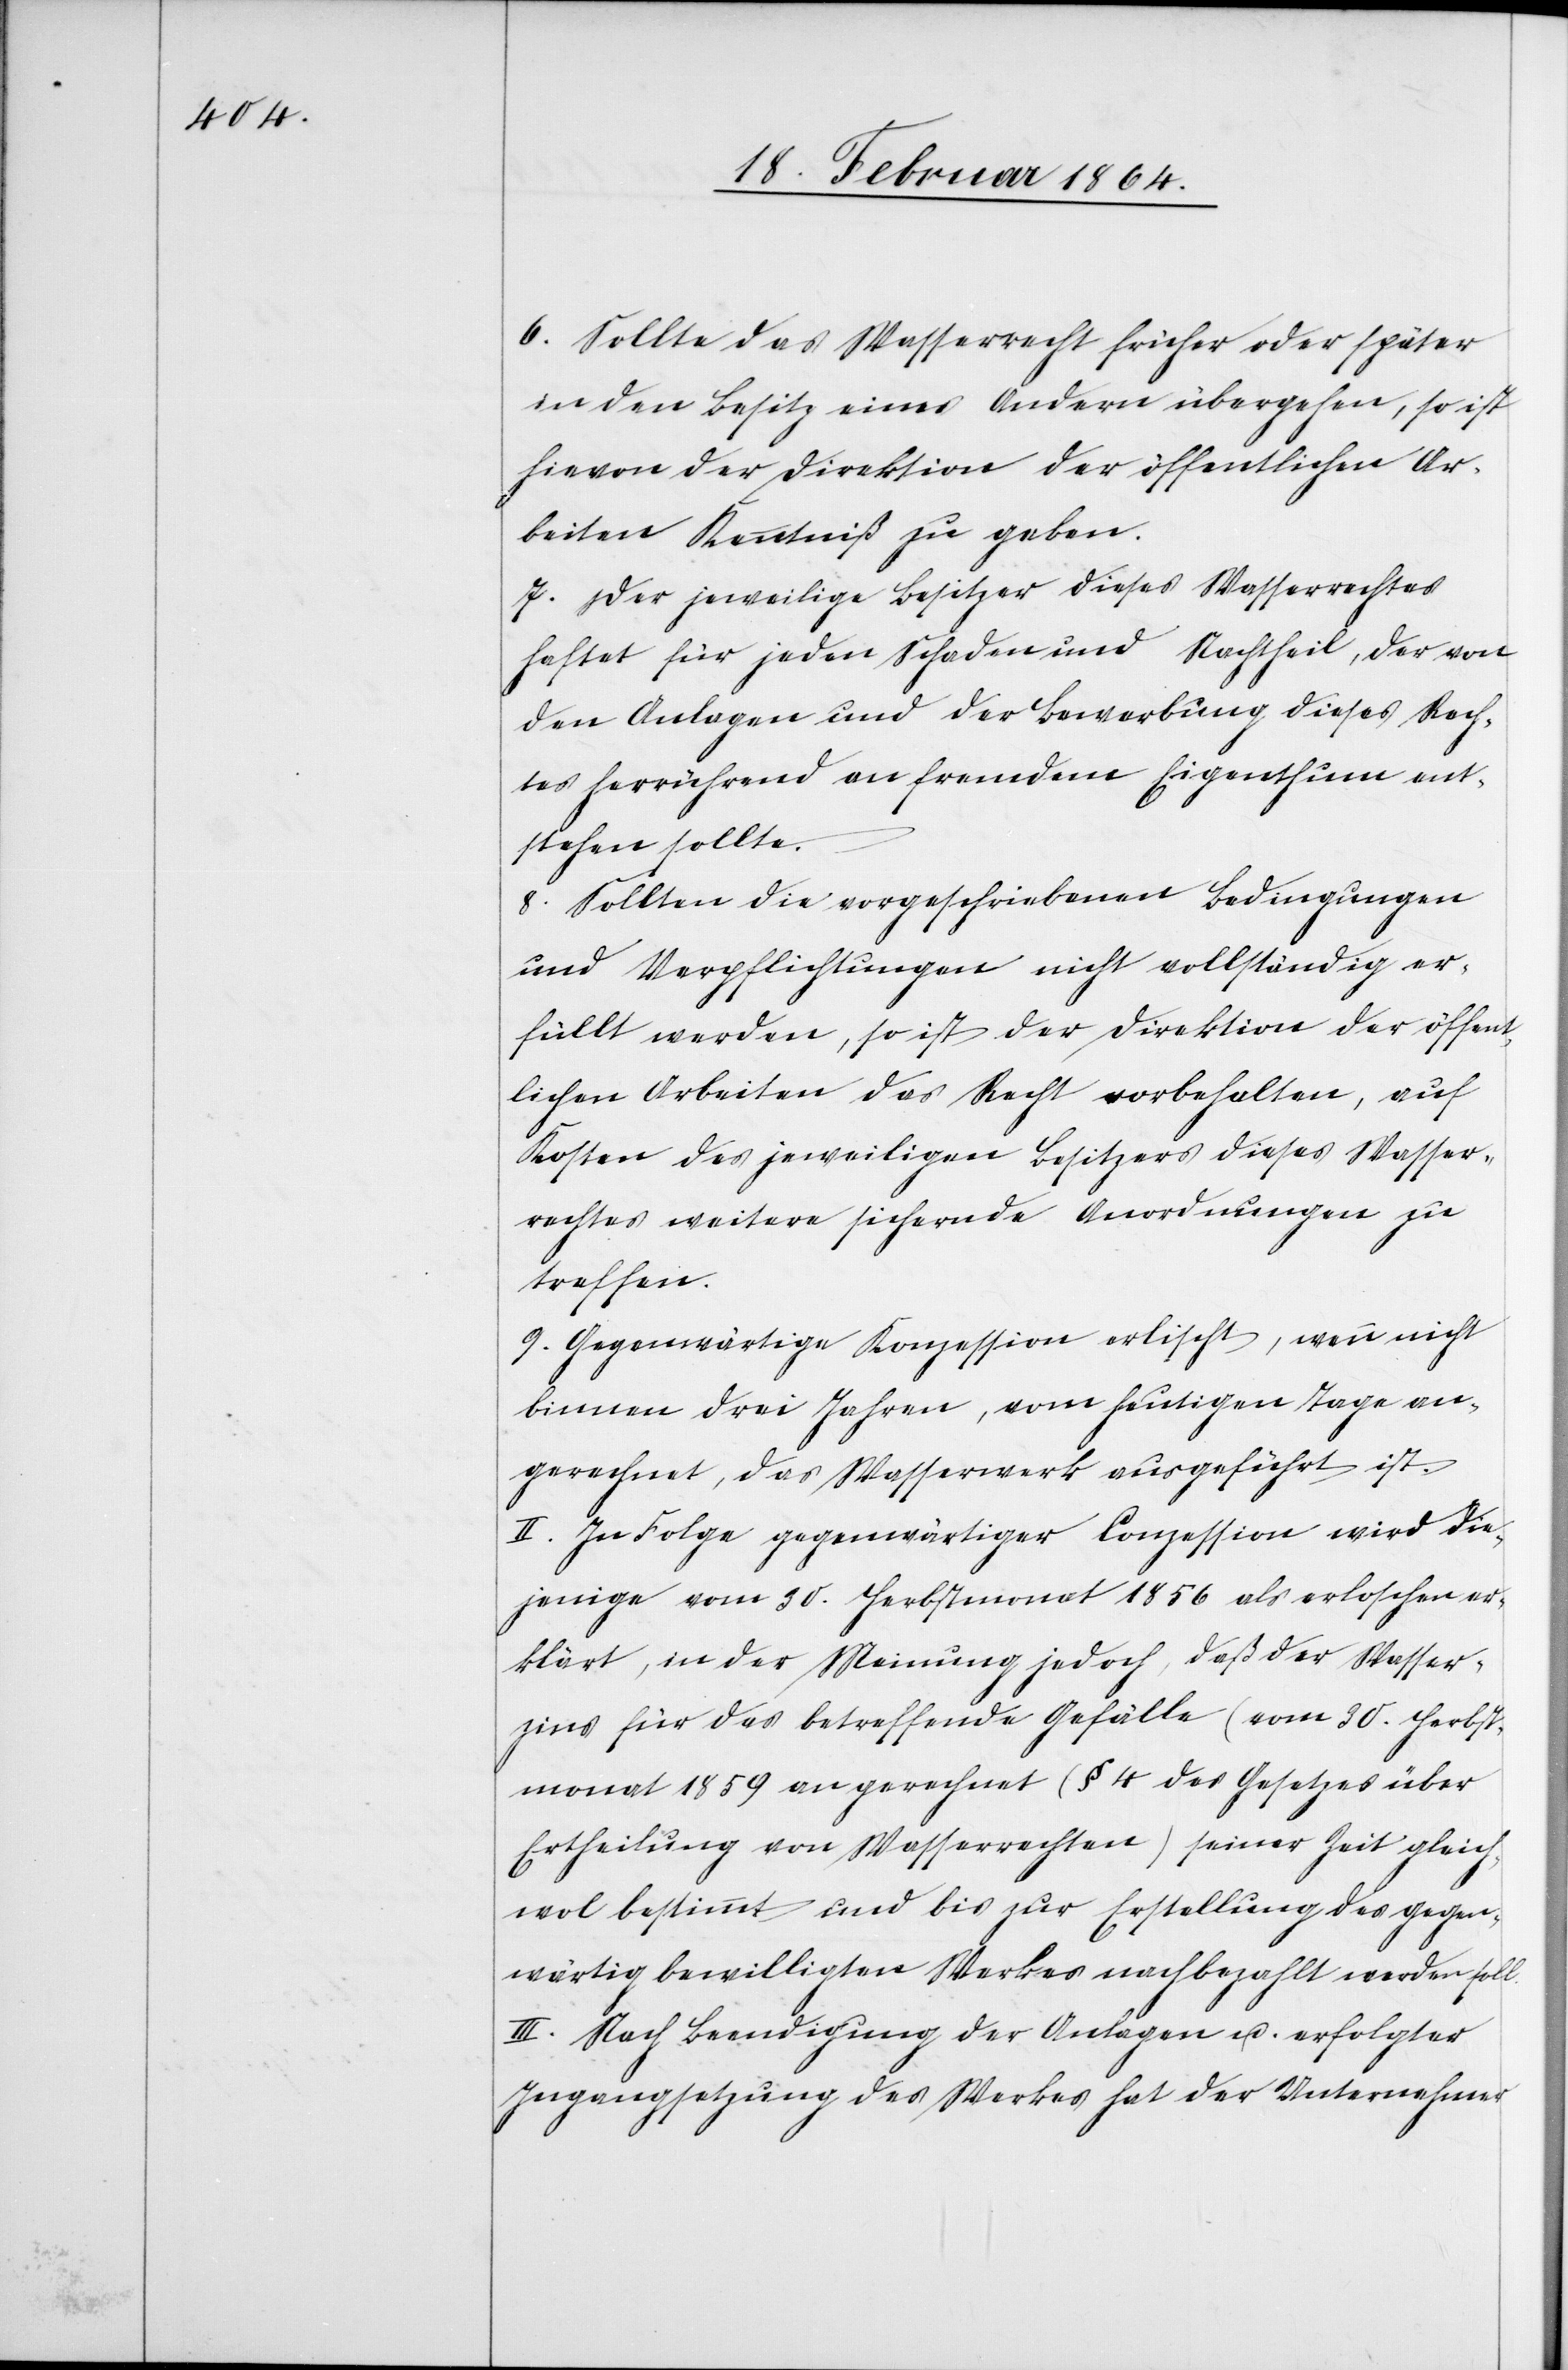
6. Sollte das Wasserrecht früher oder später
in den Besitz eines Andern übergehen, so ist
hievon der Direktion der öffentlichen Ar¬
beiten Kenntniß zu geben.
7. Der jeweilige Besitzer dieses Wasserrechtes
haftet für jeden Schaden und Nachtheil, der von
den Anlagen und der Bewerbung dieses Rech¬
tes herrührend an fremdem Eigenthum ent¬
stehen sollte.
8. Sollten die vorgeschriebenen Bedingungen
und Verpflichtungen nicht vollständig er¬
füllt werden, so ist der Direktion der öffent¬
lichen Arbeiten das Recht vorbehalten, auf
Kosten des jeweiligen Besitzers dieses Wasser¬
rechtes weitere sichernde Anordnungen zu
treffen.
9. Gegenwärtige Konzession erlischt, wenn nicht
binnen drei Jahren, vom heutigen Tage an¬
gerechnet, das Wasserwerk ausgeführt ist.
II. In Folge gegenwärtiger Conzession wird die¬
jenige vom 30. Herbstmonat 1856 als erloschen er¬
klärt, in der Meinung jedoch, daß der Wasser¬
zins für das betreffende Gefälle (vom 30. Herbst¬
monat 1859 an gerechnet (§ 4 des Gesetzes über
Ertheilung von Wasserrechten)) seiner Zeit gleich¬
wol bestimmt und bis zur Erstellung des gegen¬
wärtig bewilligten Werkes nachbezahlt werden soll.
III. Nach Beendigung der Anlagen u. erfolgter
Ingangsetzung des Werkes hat der Unternehmer